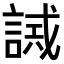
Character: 𧪖